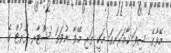
މޭވާގެ ސިފަ ކާމަރަނގަ އަކީ ތަރި މޭވާ ނުވަތަ 'ސްޓާރ ފުރުޓް ގެ